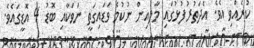
ކުރެއްވި އެވެ. އެދަތުރުފުޅުގައި މާލެއިން ނުކުމެ ވަޑައިގަތީ ނަވަކާއި ބޮޑު 4 އޮޑީގައެވެ.